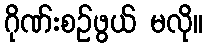
ဂိုဏ်းစဉ်ဖွယ် မလို။